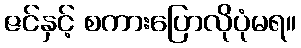
ဇင်နှင့် စကားပြောလိုပုံမရ။